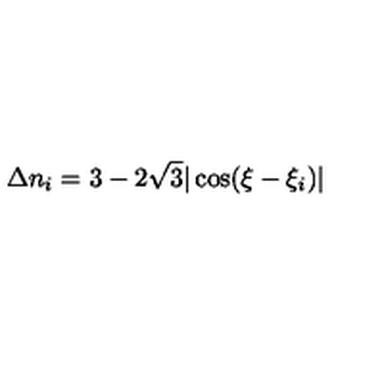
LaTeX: \Delta n _ { i } = 3 - 2 \sqrt { 3 } | \cos ( \xi - \xi _ { i } ) |